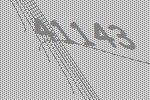
41143